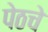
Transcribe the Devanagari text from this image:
पेठचे